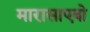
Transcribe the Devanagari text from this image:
मारासाएबो